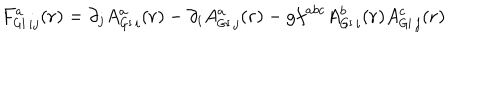
F _ { { \sf G I } \, i j } ^ { a } ( { \bf r } ) = \partial _ { j } A _ { { \sf G I } \, i } ^ { a } ( { \bf r } ) - \partial _ { i } A _ { { \sf G I } \, j } ^ { a } ( { \bf r } ) - g f ^ { a b c } A _ { { \sf G I } \, i } ^ { b } ( { \bf r } ) A _ { { \sf G I } \, j } ^ { c } ( { \bf r } )